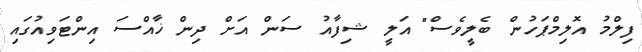
ފިލްމު އޮލިމްޕަހުން ބެލީވެސް" އަލީ ޝިފާއު ސަން އަށް ދިން ޚާއްސަ އިންޓަވިއުގައި